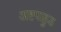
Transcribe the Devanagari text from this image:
अष्टपाहुड